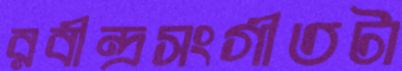
রবীন্দ্রসংগীতটা